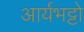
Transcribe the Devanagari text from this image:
आर्यभट्टो